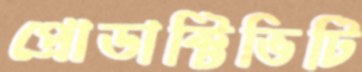
প্রোডাক্টিভিটি